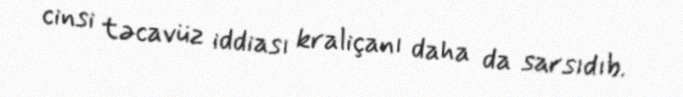
cinsi təcavüz iddiası kraliçanı daha da sarsıdıb.